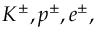
K ^ { \pm } , p ^ { \pm } , e ^ { \pm } ,